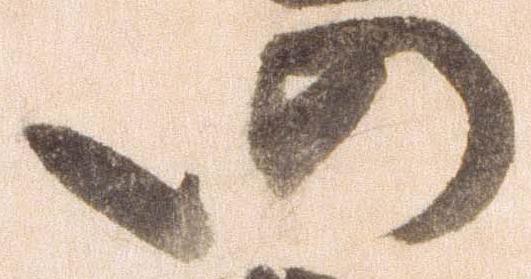
仍